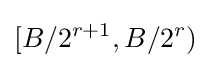
[B/2^{r+1},B/2^{r})